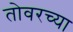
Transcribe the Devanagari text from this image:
तोवरच्या